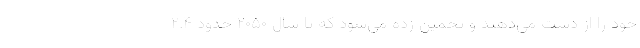
خود را از دست می‌دهند و تخمین زده می‌شود که تا سال ۲۰۵۰ حدود ۲.۴